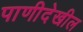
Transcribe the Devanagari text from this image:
पाणीदेखील